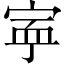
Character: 𡨴